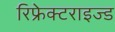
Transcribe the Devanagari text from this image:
रिफ्रेक्टराइज्ड